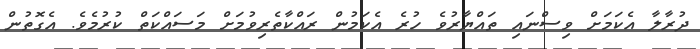
ދުރާލާ އެކަމަށް ވިސްނައި ތައްޔާރުވެ ހުރެ އެކަމުން ރައްކާތެރިވުމަށް މަސައްކަތް ކުރުމެވެ. އެގޮތުން